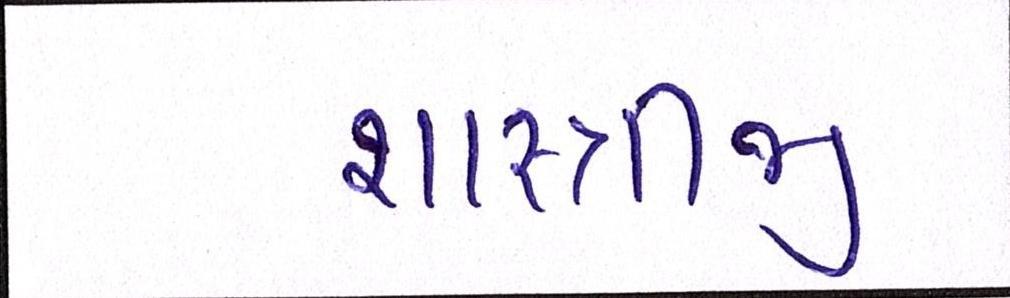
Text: શાસ્ત્રીજી